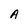
Character: A